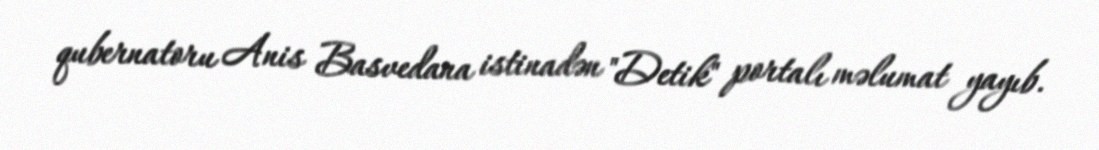
qubernatoru Anis Basvedana istinadən "Detik" portalı məlumat yayıb.